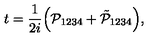
t = \frac { 1 } { 2 i } \Big ( \mathcal P _ { 1 2 3 4 } + \tilde { \mathcal { P } } _ { 1 2 3 4 } \Big ) ,